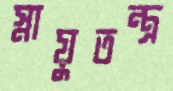
স্নায়ুতন্ত্র